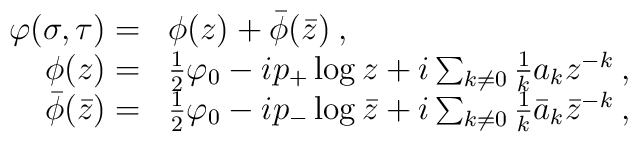
\begin{array}{rl}\displaystyle \varphi (\sigma ,\tau )= & \phi (z)+\bar{\phi }(\bar{z})\: ,\\\phi (z)= & \frac{1}{2}\varphi _{0}-ip_{+}\log z+i\sum _{k\neq 0}\frac{1}{k}a_{k}z^{-k}\: ,\\\bar{\phi }(\bar{z})= & \frac{1}{2}\varphi _{0}-ip_{-}\log \bar{z}+i\sum _{k\neq 0}\frac{1}{k}\bar{a}_{k}\bar{z}^{-k}\: ,\end{array}